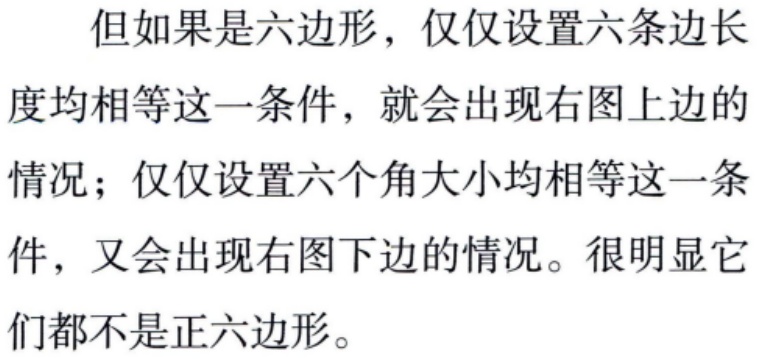
但如果是六边形，仅仅设置六条边长度均相等这一条件，就会出现右图上边的情况；仅仅设置六个角大小均相等这一条件，又会出现右图下边的情况。很明显它们都不是正六边形。